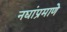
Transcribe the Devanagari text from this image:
नद्यांप्रमाणे